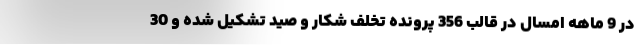
در 9 ماهه امسال در قالب 356 پرونده تخلف شکار و صید تشکیل شده و 30